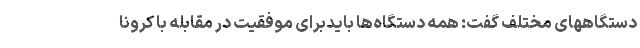
دستگاههای مختلف گفت: همه دستگاه‌ها بایدبرای موفقیت در مقابله با کرونا